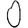
Digit: 0